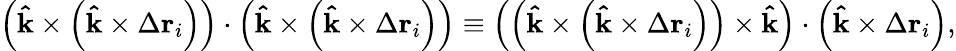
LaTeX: \left(\mathbf{\hat{k}}\times\left(\mathbf{\hat{k}}\times\Delta\mathbf{r}_{i}\right)\right)\cdot\left(\mathbf{\hat{k}}\times\left(\mathbf{\hat{k}}\times\Delta\mathbf{r}_{i}\right)\right)\equiv\left(\left(\mathbf{\hat{k}}\times\left(\mathbf{\hat{k}}\times\Delta\mathbf{r}_{i}\right)\right)\times\mathbf{\hat{k}}\right)\cdot\left(\mathbf{\hat{k}}\times\Delta\mathbf{r}_{i}\right),